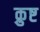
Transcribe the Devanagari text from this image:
क्रुष्ट